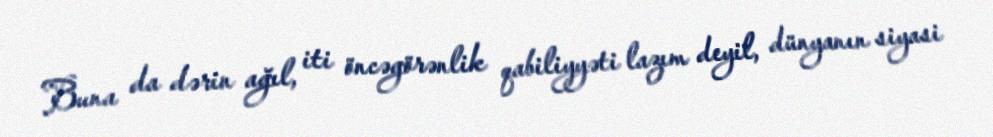
Buna da dərin ağıl, iti öncəgörənlik qabiliyyəti lazım deyil, dünyanın siyasi